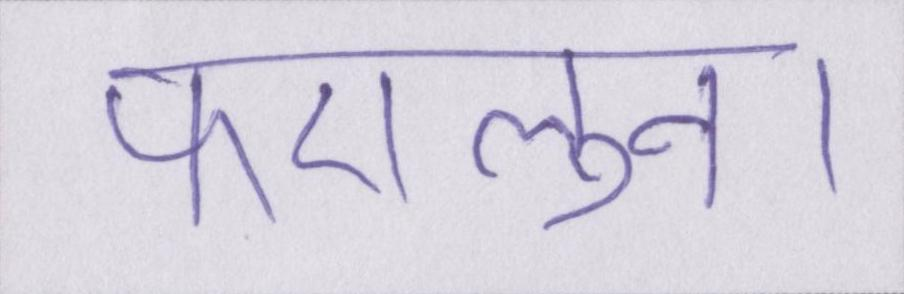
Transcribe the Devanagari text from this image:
फएलुन।